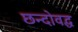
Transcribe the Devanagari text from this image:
छन्दोवद्ध